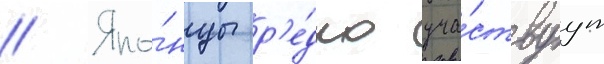
// Япо́нцы р'е́дко уча́ствуут